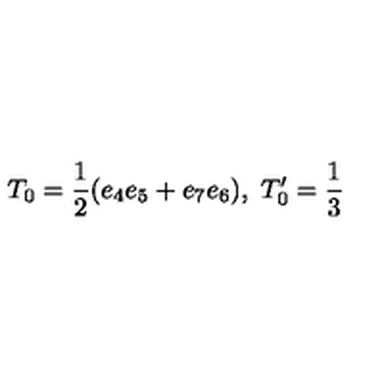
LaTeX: T _ { 0 } = \frac { 1 } { 2 } ( e _ { 4 } e _ { 5 } + e _ { 7 } e _ { 6 } ) , \ T _ { 0 } ^ { \prime } = \frac { 1 } { 3 }